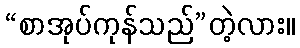
“စာအုပ်ကုန်သည်”တဲ့လား။